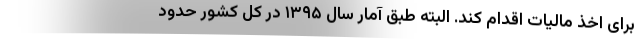
برای اخذ مالیات اقدام کند. البته طبق آمار سال ۱۳۹۵ در کل کشور حدود